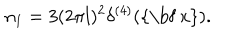
n _ { 1 } = 3 ( 2 \pi l ) ^ { 2 } \delta ^ { ( 4 ) } ( \mathrm { { \bf ~ x } } ) .